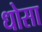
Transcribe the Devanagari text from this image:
धोसा